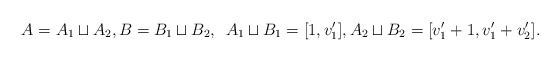
LaTeX: \begin{align*}A=A_{1}\sqcup A_{2}, B=B_{1}\sqcup B_{2}, \,\ A_1\sqcup B_1=[1, v_1'], A_2\sqcup B_2=[v_1'+1, v_1'+v_2']. \end{align*}